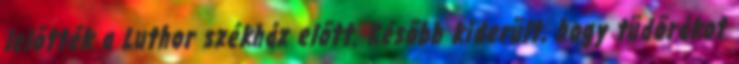
lelõtték a Luthor székház elõtt. Késõbb kiderült, hogy tüdõrákot